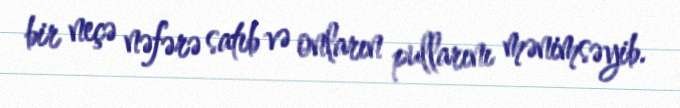
bir neçə nəfərə satıb və onların pullarını mənimsəyib.